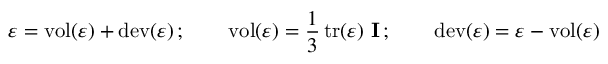
{ \boldsymbol { \varepsilon } } = \operatorname { v o l } ( { \boldsymbol { \varepsilon } } ) + \operatorname { d e v } ( { \boldsymbol { \varepsilon } } ) \, ; \qquad \operatorname { v o l } ( { \boldsymbol { \varepsilon } } ) = { \frac { 1 } { 3 } } \operatorname { t r } ( { \boldsymbol { \varepsilon } } ) ~ \mathbf { I } \, ; \qquad \operatorname { d e v } ( { \boldsymbol { \varepsilon } } ) = { \boldsymbol { \varepsilon } } - \operatorname { v o l } ( { \boldsymbol { \varepsilon } } )